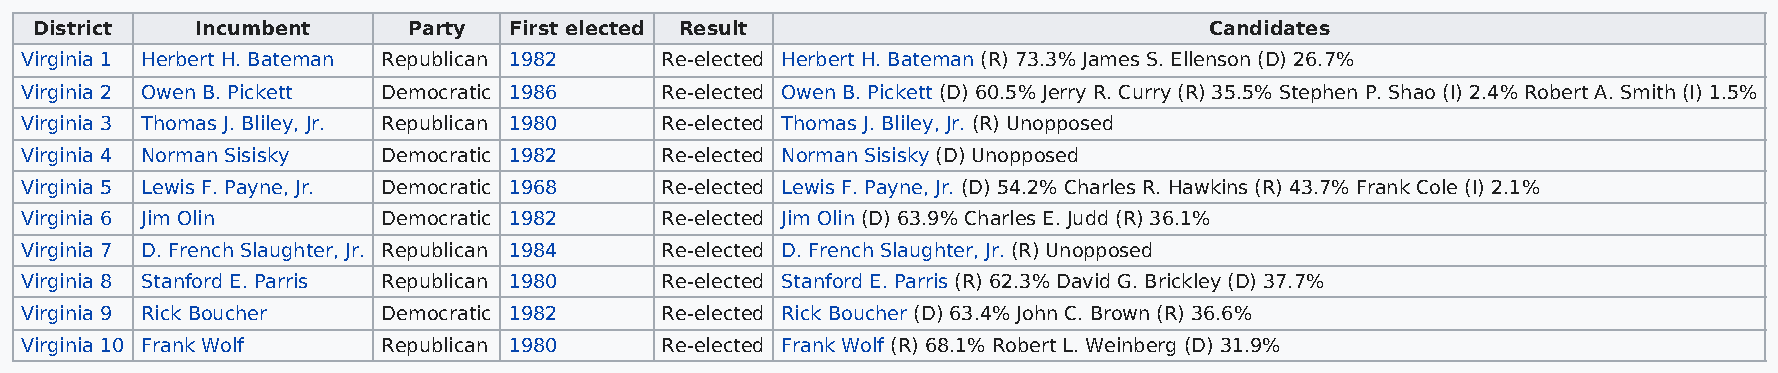
District   Incumbent     Party  First elected Result                          Candidates
 Virginia 1 Herbert H. Bateman Republican 1982 Re-elected Herbert H. Bateman (R) 73.3% James S. Ellenson (D) 26.7%
 Virginia 2 Owen B. Pickett Democratic 1986 Re-elected Owen B. Pickett (D) 60.5% Jerry R. Curry (R) 35.5% Stephen P. Shao (I) 2.4% Robert A. Smith (I) 1.5%
 Virginia 3 Thomas J. Bliley, Jr. Republican 1980 Re-elected Thomas J. Bliley, Jr. (R) Unopposed
 Virginia 4 Norman Sisisky Democratic 1982  Re-elected Norman Sisisky (D) Unopposed
 Virginia 5 Lewis F. Payne, Jr. Democratic 1968 Re-elected Lewis F. Payne, Jr. (D) 54.2% Charles R. Hawkins (R) 43.7% Frank Cole (I) 2.1%
 Virginia 6 Jim Olin     Democratic 1982    Re-elected Jim Olin (D) 63.9% Charles E. Judd (R) 36.1%
 Virginia 7 D. French Slaughter, Jr. Republican 1984 Re-elected D. French Slaughter, Jr. (R) Unopposed
 Virginia 8 Stanford E. Parris Republican 1980 Re-elected Stanford E. Parris (R) 62.3% David G. Brickley (D) 37.7%
 Virginia 9 Rick Boucher Democratic 1982    Re-elected Rick Boucher (D) 63.4% John C. Brown (R) 36.6%
 Virginia 10 Frank Wolf  Republican 1980    Re-elected Frank Wolf (R) 68.1% Robert L. Weinberg (D) 31.9%